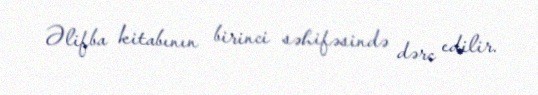
Əlifba kitabının birinci səhifəsində dərc edilir.